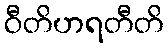
ဝီတိဟရတီတိ